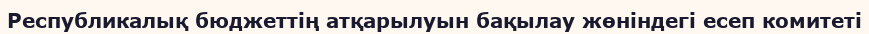
Республикалық бюджеттің атқарылуын бақылау жөніндегі есеп комитеті